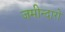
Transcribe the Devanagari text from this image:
जमीन्दारो